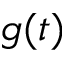
g ( t )